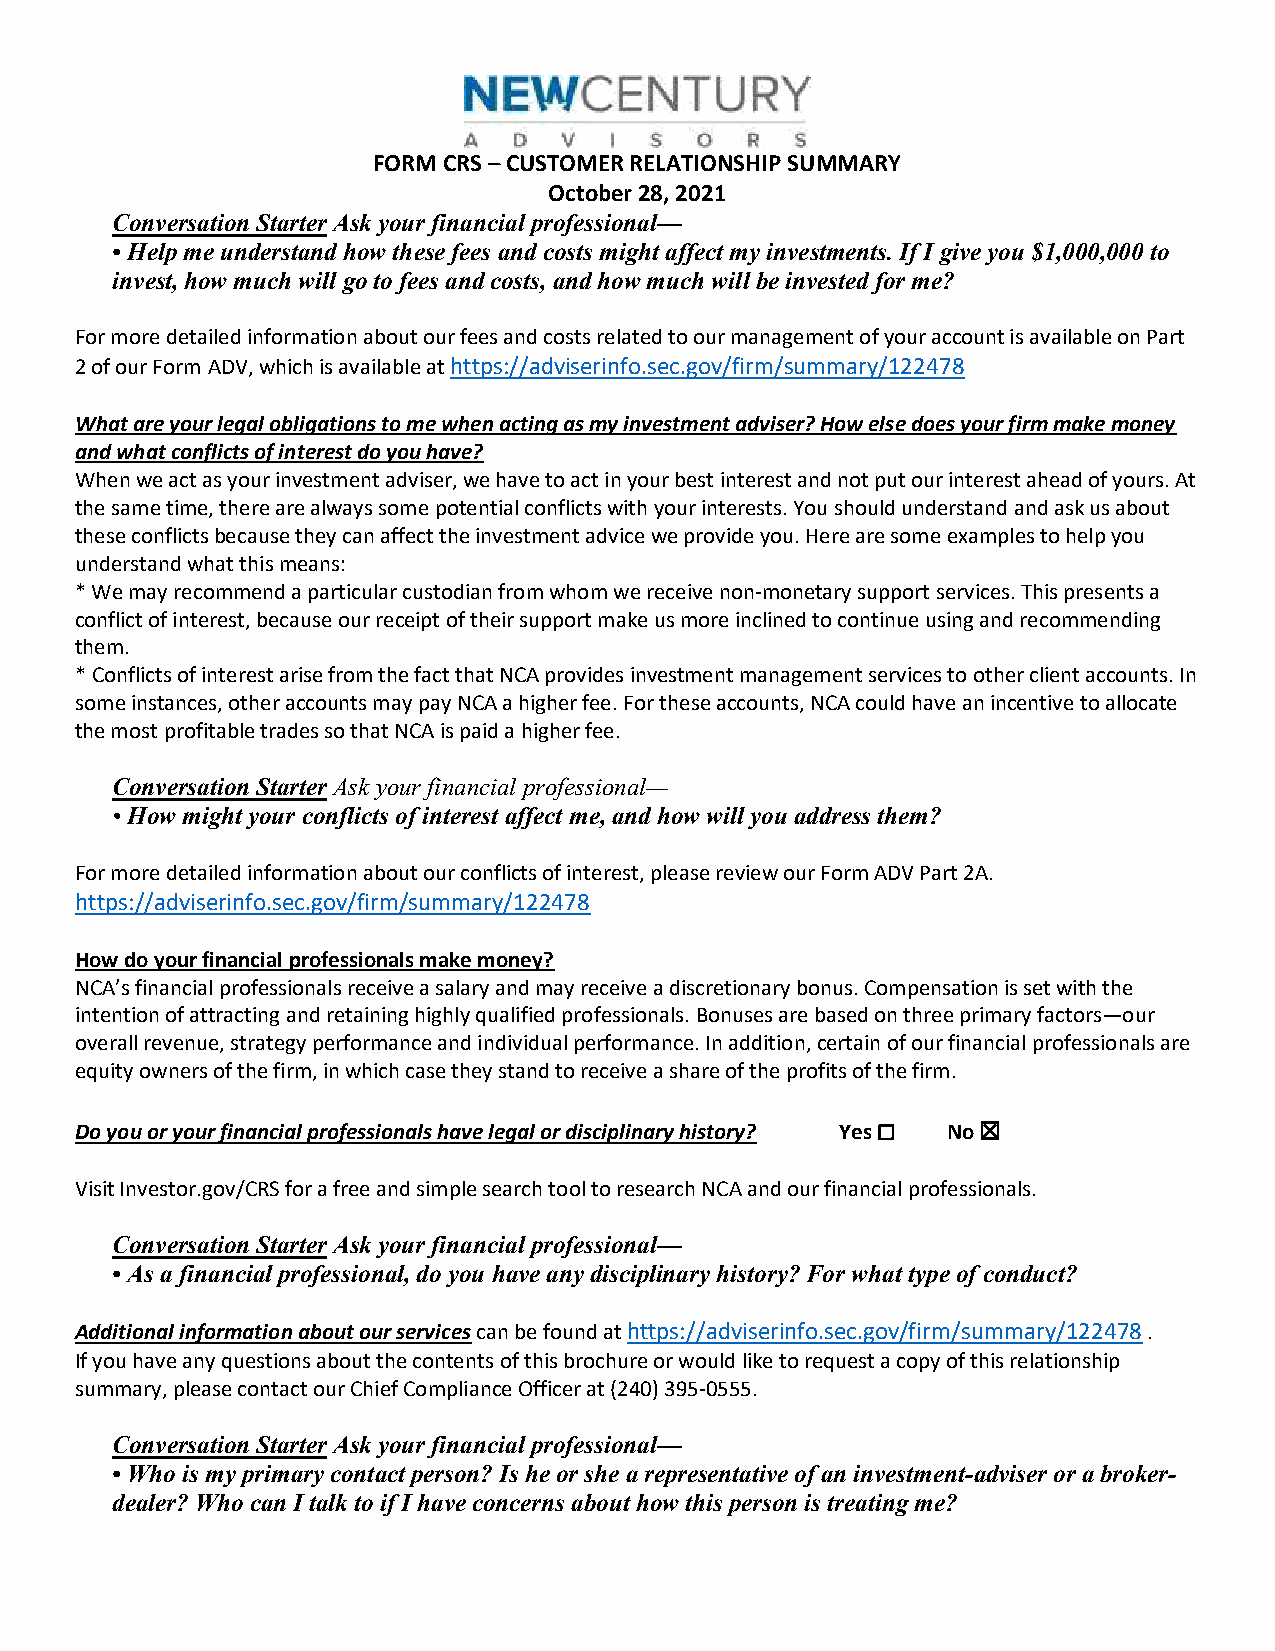
FORM CRS – CUSTOMER RELATIONSHIP SUMMARY
 October 28, 2021
 Conversation Starter Ask your financial professional—
 • Help me understand how these fees and costs might affect my investments. If I give you $1,000,000 to
 invest, how much will go to fees and costs, and how much will be invested for me?
 For more detailed information about our fees and costs related to our management of your account is available on Part
 2 of our Form ADV, which is available at https://adviserinfo.sec.gov/firm/summary/122478
 What are your legal obligations to me when acting as my investment adviser? How else does your firm make money
 and what conflicts of interest do you have?
 When we act as your investment adviser, we have to act in your best interest and not put our interest ahead of yours. At
 the same time, there are always some potential conflicts with your interests. You should understand and ask us about
 these conflicts because they can affect the investment advice we provide you. Here are some examples to help you
 understand what this means:
 * We may recommend a particular custodian from whom we receive non-monetary support services. This presents a
 conflict of interest, because our receipt of their support make us more inclined to continue using and recommending
 them.
 * Conflicts of interest arise from the fact that NCA provides investment management services to other client accounts. In
 some instances, other accounts may pay NCA a higher fee. For these accounts, NCA could have an incentive to allocate
 the most profitable trades so that NCA is paid a higher fee.
 Conversation Starter Ask your financial professional—
 • How might your conflicts of interest affect me, and how will you address them?
 For more detailed information about our conflicts of interest, please review our Form ADV Part 2A.
 https://adviserinfo.sec.gov/firm/summary/122478
 How do your financial professionals make money?
 NCA’s financial professionals receive a salary and may receive a discretionary bonus. Compensation is set with the
 intention of attracting and retaining highly qualified professionals. Bonuses are based on three primary factors—our
 overall revenue, strategy performance and individual performance. In addition, certain of our financial professionals are
 equity owners of the firm, in which case they stand to receive a share of the profits of the firm.
 Do you or your financial professionals have legal or disciplinary history? Yes ☐ No ☒
 Visit Investor.gov/CRS for a free and simple search tool to research NCA and our financial professionals.
 Conversation Starter Ask your financial professional—
 • As a financial professional, do you have any disciplinary history? For what type of conduct?
 Additional information about our services can be found at https://adviserinfo.sec.gov/firm/summary/122478 .
 If you have any questions about the contents of this brochure or would like to request a copy of this relationship
 summary, please contact our Chief Compliance Officer at (240) 395-0555.
 Conversation Starter Ask your financial professional—
 • Who is my primary contact person? Is he or she a representative of an investment-adviser or a broker-
 dealer? Who can I talk to if I have concerns about how this person is treating me?